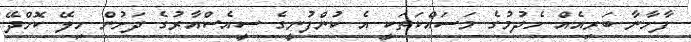
ފާހާނާ ބަރިއެއް ހެދުމުގެ މަސައްކަތަކީ އެ ކުންފުނީގެ ސީއެސްއާރުގެ ދަށުން ހިލޭ ކޮށްދޭ